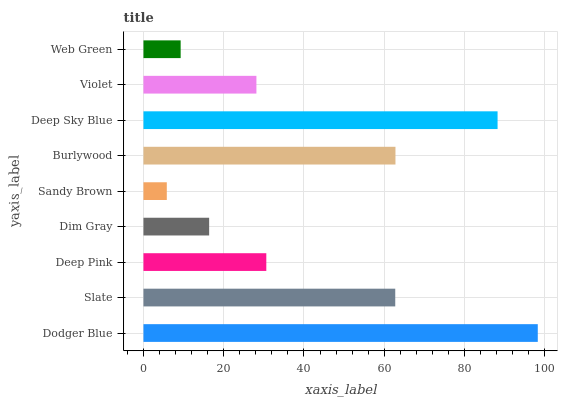
| yaxis_label | bars |
 | --- | --- |
 | Dodger Blue | 98.3 |
 | Slate | 62.8 |
 | Deep Pink | 30.6 |
 | Dim Gray | 16.4 |
 | Sandy Brown | 5.82 |
 | Burlywood | 62.8 |
 | Deep Sky Blue | 88.3 |
 | Violet | 28.2 |
 | Web Green | 9.27 |